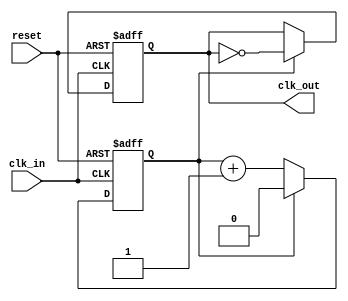
module clock_divider #(
    parameter DIV_FACTOR = 2  // Division factor must be a positive integer
)(
    input wire clk_in,         // Input clock signal
    input wire reset,          // Asynchronous active-high reset signal
    output reg clk_out         // Divided clock output signal
);

    // Internal counter
    reg [$clog2(DIV_FACTOR)-1:0] counter; // Counter width determined by DIV_FACTOR

    // Behavioral process
    always @(posedge clk_in or posedge reset) begin
        if (reset) begin
            counter <= 0;      // Reset the counter
            clk_out <= 0;      // Initialize clk_out to low
        end else begin
            if (counter == DIV_FACTOR - 1) begin
                clk_out <= ~clk_out; // Toggle the output clock
                counter <= 0;         // Reset the counter
            end else begin
                counter <= counter + 1; // Increment the counter
            end
        end
    end

endmodule